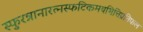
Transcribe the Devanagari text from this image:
स्फुरन्नानारत्नस्फटिकमयभित्तिप्रतिफल